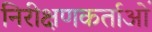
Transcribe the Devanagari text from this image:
निरीक्षणकर्ताओं